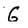
Character: G